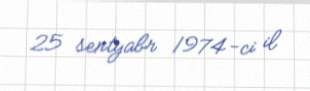
25 sentyabr 1974-ci il